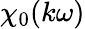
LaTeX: \chi_{0}(k\omega)